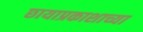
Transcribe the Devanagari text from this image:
छायाप्रकाशाच्या